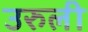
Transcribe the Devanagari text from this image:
उरुली